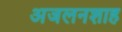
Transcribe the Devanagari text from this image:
अजलनशाह